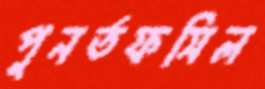
পুনর্তফসিল